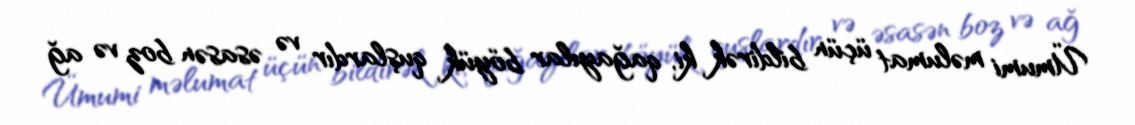
Ümumi məlumat üçün bildirək ki, qağayılar böyük quşlardır və əsasən boz və ağ